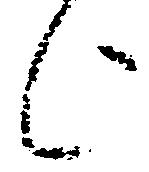
上